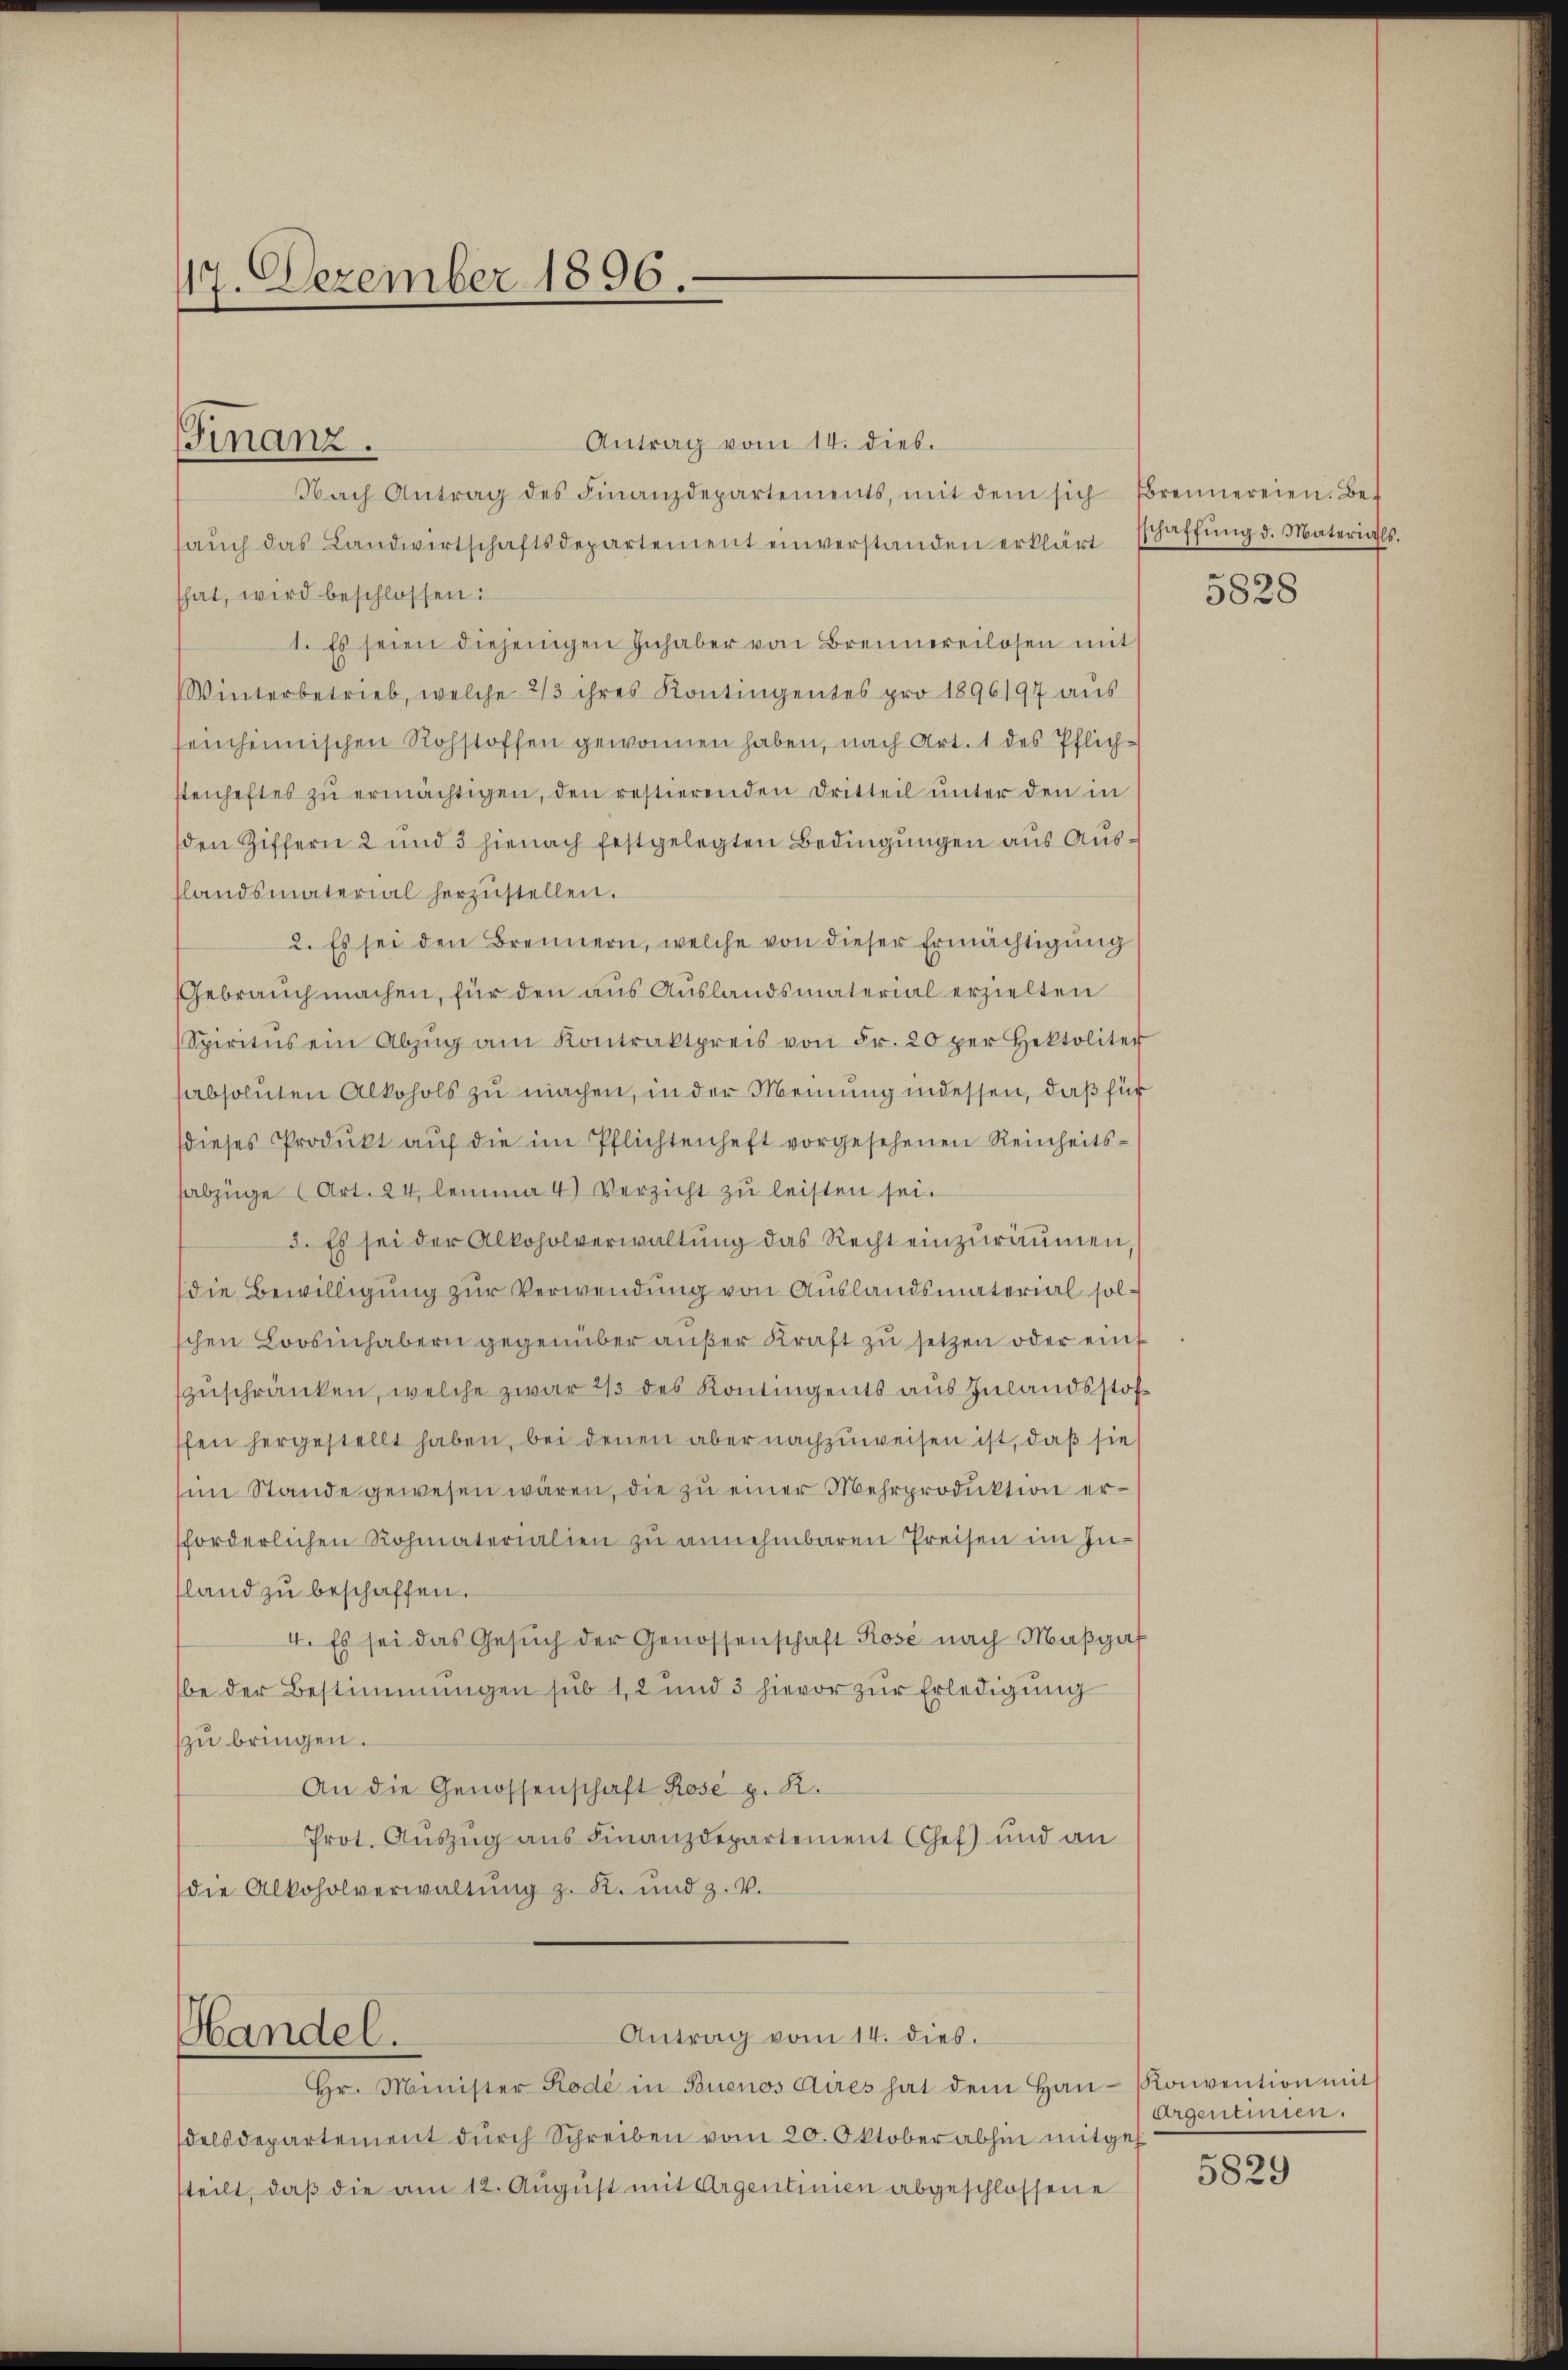
17. Dezember 1896.

Antrag vom 14. dies.
Nach Antrag des Finanzdepartements, mit dem sich Brennereien. Be-
saŭch das Landwirtschaftsdepartement einverstanden erklärt schaffŭng d. Materials.
that, wird beschlossen:
1. Es seien diejenigen Inhaber von Brennereilosen mit
Winterbetrieb, welche 2/3 ihres Kontingentes pro 1896197 aus
einheimischen Rohstoffen gewonnen haben, nach Art. 1 des Pflichstenheftes zŭ ermächtigen, den restierenden Dritteil unter den in
den Ziffern 2 und 3 hienach festgelegten Bedingungen aus Ausslandsmaterial herzŭstellen.
2. Es sei den Brennern, welche von dieser Ermächtigung
Gebrauch machen, für den aus Auslandsmaterial erzielten
Spiritus ein Abzŭg am Kontraktpreis von Fr. 20 per Hektoliter
sabsoluten Alkohols zu machen, in der Meinung indessen, daß für
dieses Produkt aŭf die im Pflichtenheft vorgesehenen Reinheitssabzüge (Art. 24 lemma 4) Verzicht zŭ leisten sei.
3. Es sei der Alkoholverwaltung das Recht einzuräumen,
die Bewilligung zur Verwendung von Auslandsmaterial solchen Loosinhabern gegenüber außer Kraft zu setzen oder einf
zuschränken, welche zwar 2/3 des Kontingents aus Zulandsstofffen hergestellt haben, bei denen aber nachzuweisen ist, daß sie
im Stande gewesen wären, die zu einer Mehrproduktion erfforderlichen Rohmaterialien zu annehmbaren Preisen im Infland zu beschaffen.
4. Es sei das Gesŭch der Genossenschaft Rose nach Maβgaf
be der Bestimmungen sub 1, 2 und 3 hievor zŭr Erledigung
zu bringen.
An die Genossenschaft Rose p. R.
Prot. Auszug aus Finanzdepartement Chef) und an
die Alkoholverwaltŭng z. K. und z. v.

Finanz.

Handel.

Antrag vom 14. dies.
Hr. Minister Rode in Buenos Aires hat dem Haŭ- Konvention mit
delsdepartement dŭrch Schreiben vom 20. Oktober abhin mitge
steilt, daß die am 12. August mit Argentinien abgeschlossene

5828

Argentinien.

5829